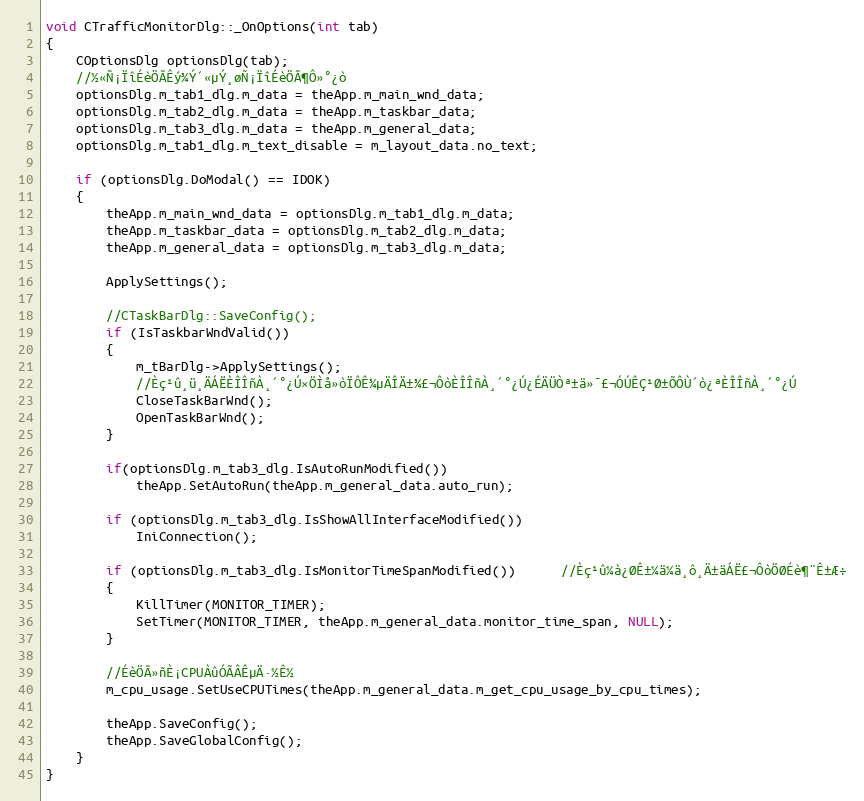
Language: C++
void CTrafficMonitorDlg::_OnOptions(int tab)
{
	COptionsDlg optionsDlg(tab);
	//½«Ñ¡ÏîÉèÖÃÊý¾Ý´«µÝ¸øÑ¡ÏîÉèÖÃ¶Ô»°¿ò
	optionsDlg.m_tab1_dlg.m_data = theApp.m_main_wnd_data;
	optionsDlg.m_tab2_dlg.m_data = theApp.m_taskbar_data;
	optionsDlg.m_tab3_dlg.m_data = theApp.m_general_data;
	optionsDlg.m_tab1_dlg.m_text_disable = m_layout_data.no_text;

	if (optionsDlg.DoModal() == IDOK)
	{
		theApp.m_main_wnd_data = optionsDlg.m_tab1_dlg.m_data;
		theApp.m_taskbar_data = optionsDlg.m_tab2_dlg.m_data;
		theApp.m_general_data = optionsDlg.m_tab3_dlg.m_data;

		ApplySettings();

		//CTaskBarDlg::SaveConfig();
		if (IsTaskbarWndValid())
		{
			m_tBarDlg->ApplySettings();
			//Èç¹û¸ü¸ÄÁËÈÎÎñÀ¸´°¿Ú×ÖÌå»òÏÔÊ¾µÄÎÄ±¾£¬ÔòÈÎÎñÀ¸´°¿Ú¿ÉÄÜÒª±ä»¯£¬ÓÚÊÇ¹Ø±ÕÔÙ´ò¿ªÈÎÎñÀ¸´°¿Ú
			CloseTaskBarWnd();
			OpenTaskBarWnd();
		}

		if(optionsDlg.m_tab3_dlg.IsAutoRunModified())
			theApp.SetAutoRun(theApp.m_general_data.auto_run);

		if (optionsDlg.m_tab3_dlg.IsShowAllInterfaceModified())
			IniConnection();

        if (optionsDlg.m_tab3_dlg.IsMonitorTimeSpanModified())      //Èç¹û¼à¿ØÊ±¼ä¼ä¸ô¸Ä±äÁË£¬ÔòÖØÉè¶¨Ê±Æ÷
        {
            KillTimer(MONITOR_TIMER);
            SetTimer(MONITOR_TIMER, theApp.m_general_data.monitor_time_span, NULL);
        }

		//ÉèÖÃ»ñÈ¡CPUÀûÓÃÂÊµÄ·½Ê½
		m_cpu_usage.SetUseCPUTimes(theApp.m_general_data.m_get_cpu_usage_by_cpu_times);

		theApp.SaveConfig();
		theApp.SaveGlobalConfig();
	}
}